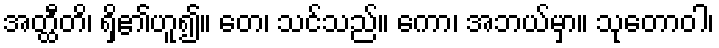
အတ္ထီတိ၊ ရှိ၏ဟူ၍။ တေ၊ သင်သည်။ ကော၊ အဘယ်မှာ။ သုတောဝါ၊